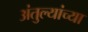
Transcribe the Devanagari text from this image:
अंतुल्यांच्या